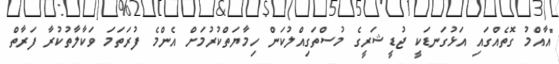
"އާއްމު ގޮތެއްގައި އަޅުގަނޑަކީ ޖުޑީޝަރީގެ މުސްތަގިއްލުކަން ހިމާޔަތްކުރުމަށް އެންމެ ފުރަތަމަ ވަކާލާތުކުރާ ފަރާތް